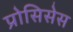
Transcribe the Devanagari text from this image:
प्रोसिसेस